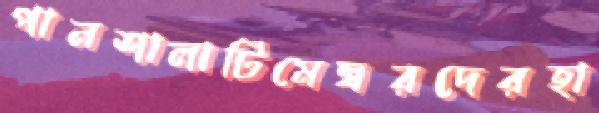
পানশালাটিমেম্বরদেরহা